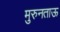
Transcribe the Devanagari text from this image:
मुरुनताऊ